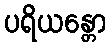
ပရိယန္တော